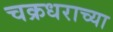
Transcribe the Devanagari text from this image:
चक्रधराच्या